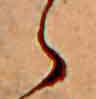
ゝ